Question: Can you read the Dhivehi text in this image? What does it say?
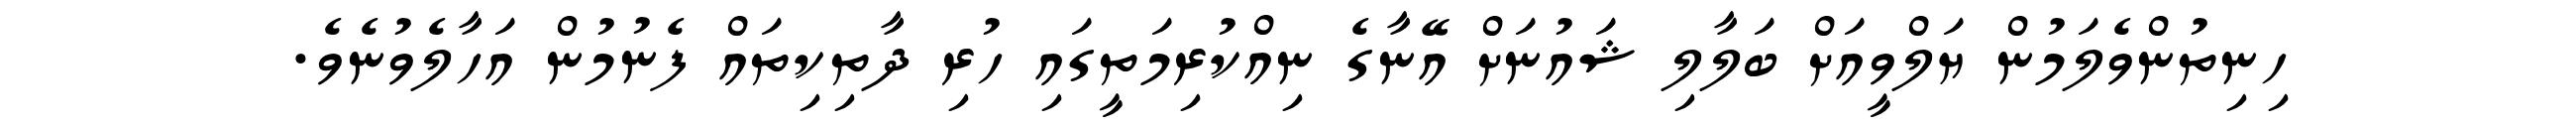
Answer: ހިނިތުންވެލަމުން ޔަލްވީއަށް ބަލާލި ޝައުނަށް އޭނާގެ ނިއްކުރިމަތީގައި ހުރި ދާތިކިތައް ފެނުމުން އަހާލެވުނެވެ.